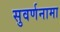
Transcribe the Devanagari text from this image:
सुवर्णनामा